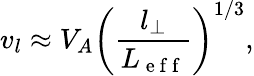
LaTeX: v_{l}\approx V_{A}\left(\frac{l_{\bot}}{L_{\mathrm{~e~f~f~}}}\right)^{1/3},